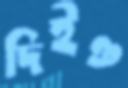
দিইও